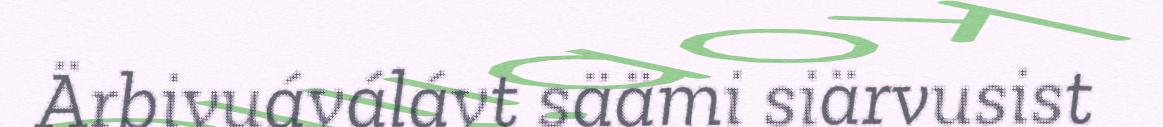
Ärbivuáválávt säämi siärvusist